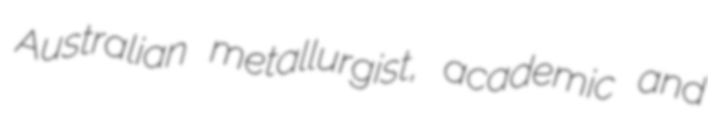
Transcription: Australian metallurgist, academic and